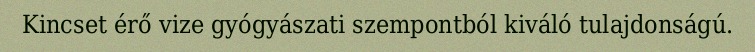
Kincset érő vize gyógyászati szempontból kiváló tulajdonságú.